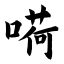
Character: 嗬